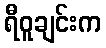
ရီဝူချင်းက